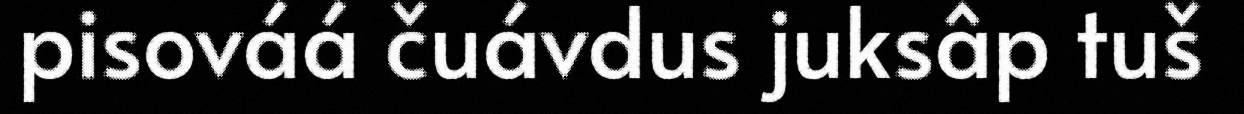
pisováá čuávdus juksâp tuš